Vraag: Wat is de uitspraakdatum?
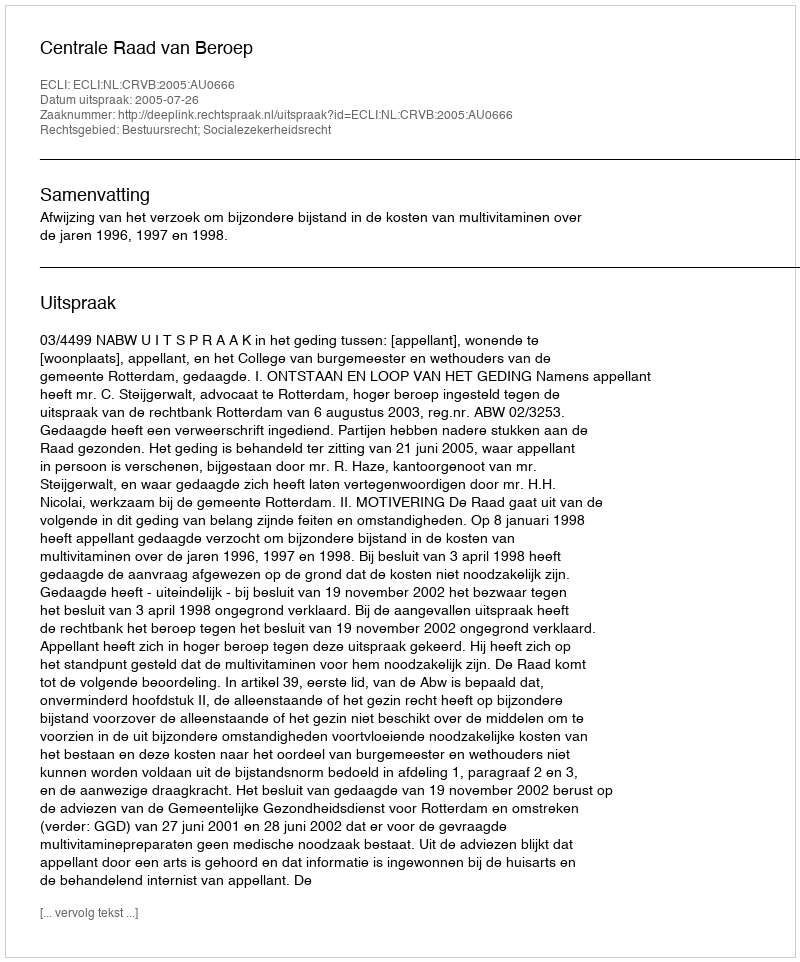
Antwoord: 2005-07-26